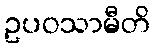
ဥပဝသာမီတိ